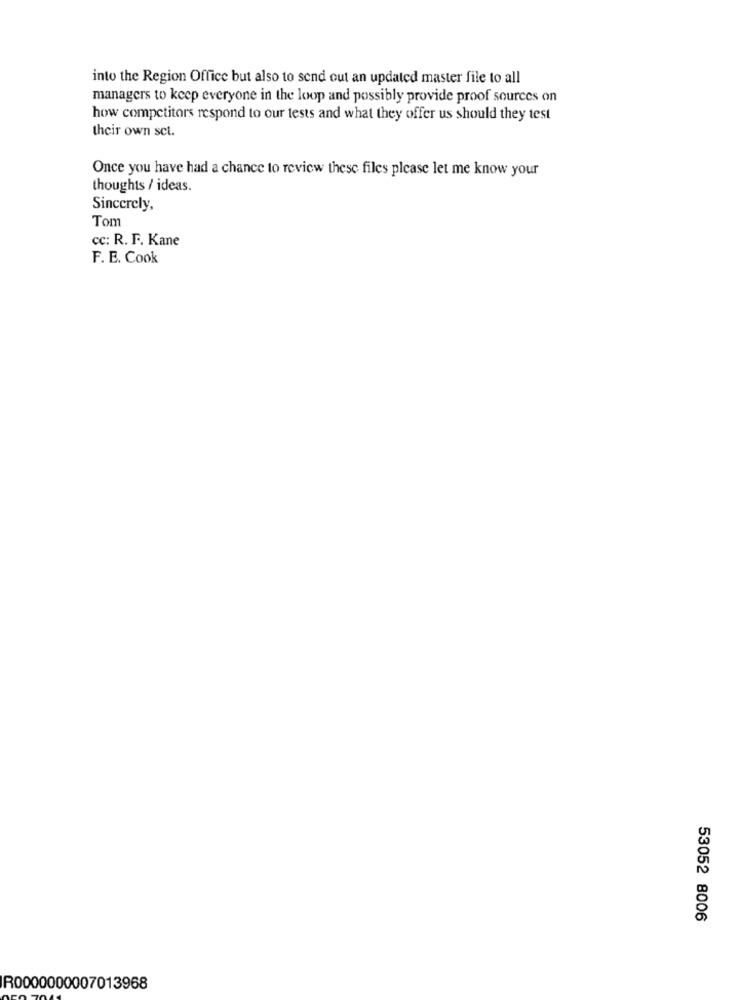
into the Region Office but also to send out an updated master file to all
managers to keep everyone in the loop and possibly provide proof sources on
how competitors respond to our tests and what they offer us should they test
their own sct.
Once you have had a chance to review these files please let me know your
thoughts / ideas.
Sincerely,
Tom
cc: R. F. Kane
F. E. Cook
53052 8006
R0000000007013968